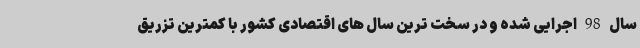
سال 98 اجرایی شده و در سخت ترین سال های اقتصادی کشور با کمترین تزریق